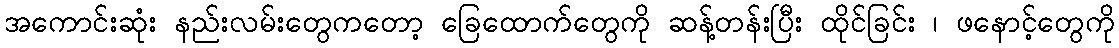
အကောင်းဆုံး နည်းလမ်းတွေကတော့ ခြေထောက်တွေကို ဆန့်တန်းပြီး ထိုင်ခြင်း ၊ ဖနောင့်တွေကို